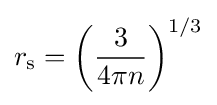
r_{\rm {s}}=\left({\frac {3}{4\pi n}}\right)^{1/3}